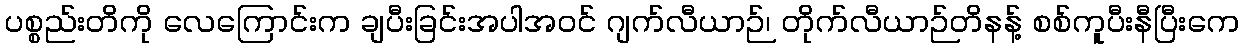
ပစ္စည်းတိကို လေကြောင်းက ချပီးခြင်းအပါအဝင် ဂျက်လီယာဉ်၊ တိုက်လီယာဉ်တိနန့် စစ်ကူပီးနီပြီးကေ